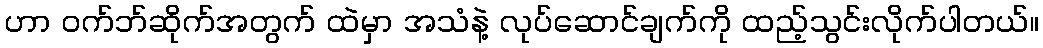
ဟာ ဝက်ဘ်ဆိုက်အတွက် ထဲမှာ အသံနဲ့ လုပ်ဆောင်ချက်ကို ထည့်သွင်းလိုက်ပါတယ်။